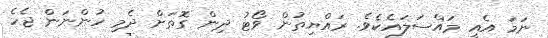
ނަމަ އެއީ މައްސަލައެކެވެ. ރައްޔިތުން ވޯޓު ދިން ގޮތަށް ދެމި ހުންނަން ޖެހެ